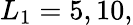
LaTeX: L_{1}=5,10,